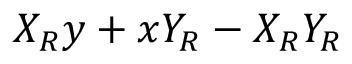
X _ { R } y + x Y _ { R } - X _ { R } Y _ { R }